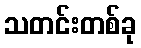
သတင်းတစ်ခု